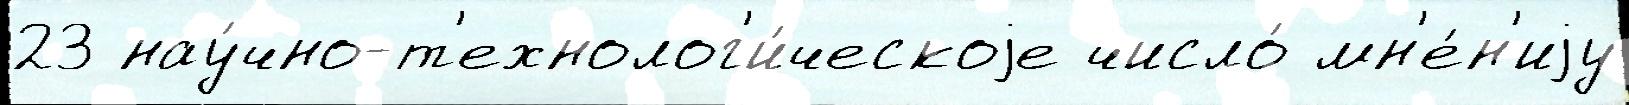
23 нау́чно-т'ехнолог'и́ческоjе число́ мн'е́н'иjу